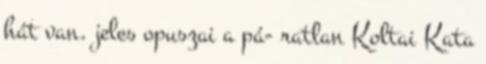
hát van. jeles opuszai a pá- ratlan Koltai Kata